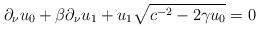
LaTeX: \begin{align*}\partial_\nu u_0+\beta\partial_\nu u_1+u_1\sqrt{c^{-2}-2\gamma u_0}=0\end{align*}